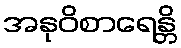
အနုဝိစာရေန္တိ